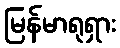
မြန်မာရုရှား